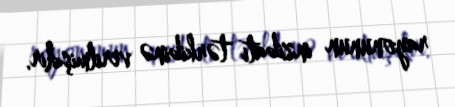
rayonunun inzibati tərkibinə verilmişdir.